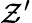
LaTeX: \mathcal{Z}^{\prime}